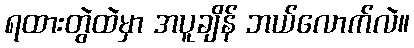
ရထားတွဲထဲမှာ အပူချိန် ဘယ်လောက်လဲ။